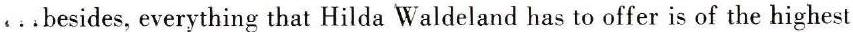
. . .besides, everything that Hilda Waldeland has to offer is of the highest